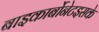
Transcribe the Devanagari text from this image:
बाइकार्बोनेटइसके